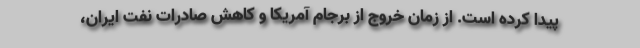
پیدا کرده است. از زمان خروج از برجام آمریکا و کاهش صادرات نفت ایران،